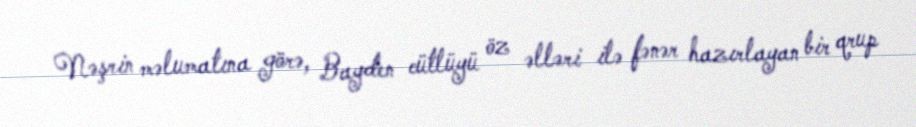
Nəşrin məlumatına görə, Bayden cütlüyü öz əlləri ilə fənər hazırlayan bir qrup